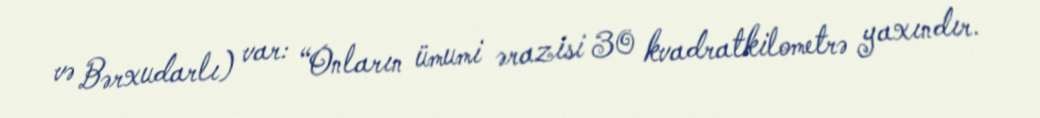
və Bərxudarlı) var: “Onların ümumi ərazisi 30 kvadratkilometrə yaxındır.